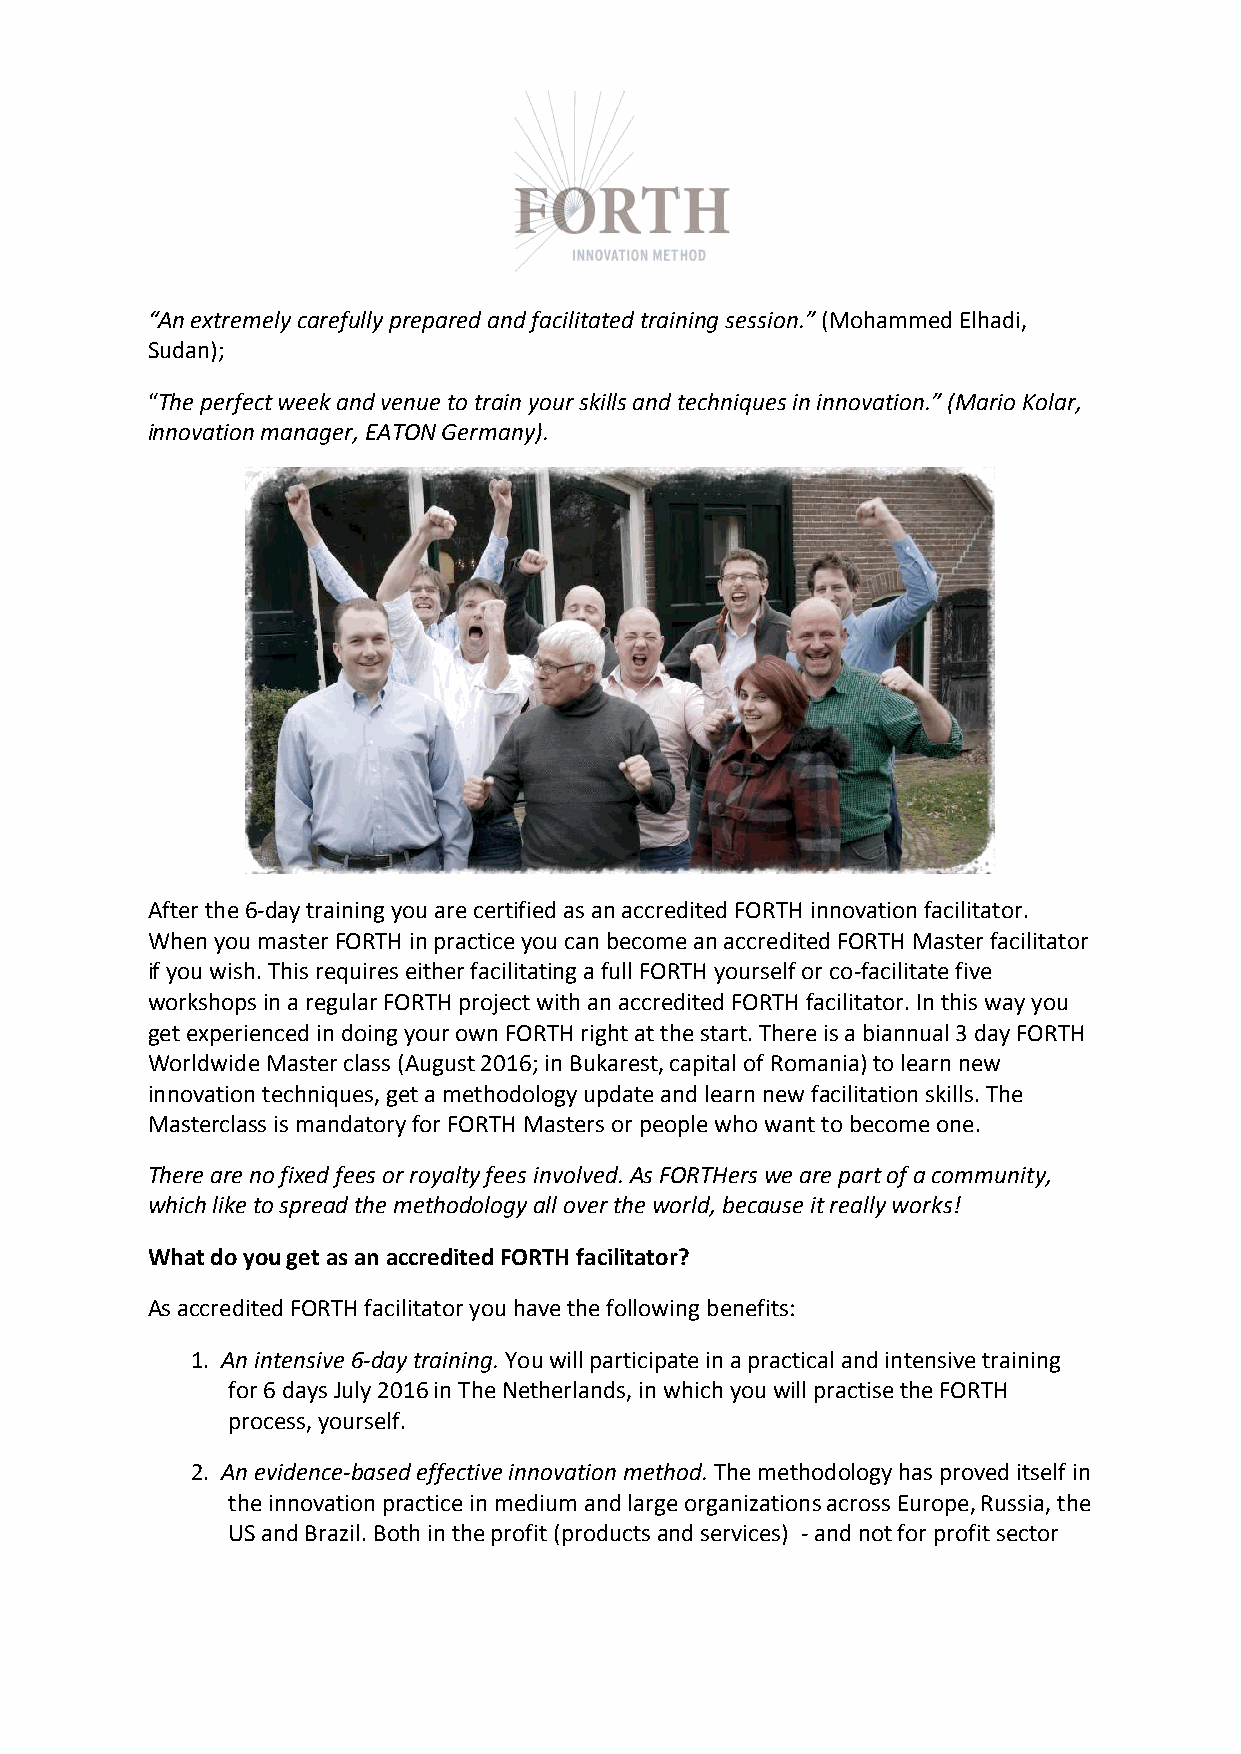
“An extremely carefully prepared and facilitated training session.” (Mohammed Elhadi,
 Sudan);
 “The perfect week and venue to train your skills and techniques in innovation.” (Mario Kolar,
 innovation manager, EATON Germany).
 After the 6-­‐day training you are certified as an accredited FORTH innovation facilitator.
 When you master FORTH in practice you can become an accredited FORTH Master facilitator
 if you wish. This requires either facilitating a full FORTH yourself or co-­‐facilitate five
 workshops in a regular FORTH project with an accredited FORTH facilitator. In this way you
 get experienced in doing your own FORTH right at the start. There is a biannual 3 day FORTH
 Worldwide Master class (August 2016; in Bukarest, capital of Romania) to learn new
 innovation techniques, get a methodology update and learn new facilitation skills. The
 Masterclass is mandatory for FORTH Masters or people who want to become one.
 There are no fixed fees or royalty fees involved. As FORTHers we are part of a community,
 which like to spread the methodology all over the world, because it really works!
 What do you get as an accredited FORTH facilitator?
 As accredited FORTH facilitator you have the following benefits:
 1. An intensive 6-­‐day training. You will participate in a practical and intensive training
 for 6 days July 2016 in The Netherlands, in which you will practise the FORTH
 process, yourself.
 2. An evidence-­‐based effective innovation method. The methodology has proved itself in
 the innovation practice in medium and large organizations across Europe, Russia, the
 US and Brazil. Both in the profit (products and services) -­‐ and not for profit sector